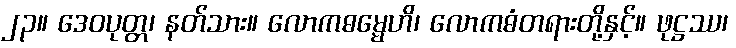
၂၃။ ဒေဝပုတ္တ၊ နတ်သား။ လောကဓမ္မေဟိ၊ လောကဓံတရားတို့နှင့်။ ဖုဋ္ဌဿ၊